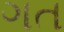
ગત